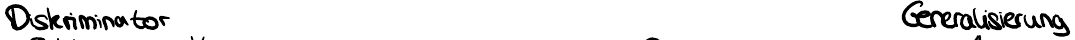
Diskriminator       Generalisierung